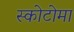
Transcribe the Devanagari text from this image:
स्कोटोमा